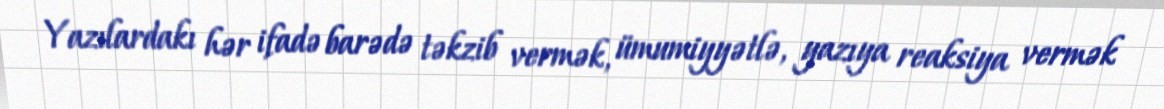
Yazılardakı hər ifadə barədə təkzib vermək, ümumiyyətlə, yazıya reaksiya vermək